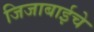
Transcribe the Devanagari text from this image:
जिजाबाईचे